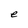
Character: e